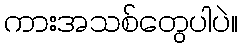
ကားအသစ်တွေပါပဲ။